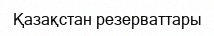
Қазақстан резерваттары